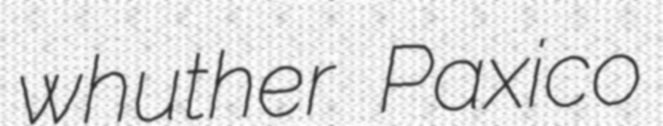
whuther Paxico